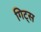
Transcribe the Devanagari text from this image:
गिट्स